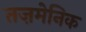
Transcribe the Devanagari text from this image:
तज़मेनिक